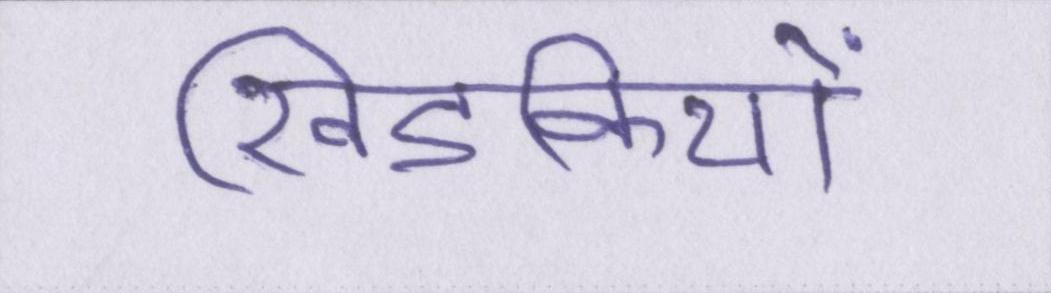
खिडकियों